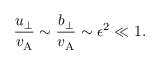
\frac { u _ { \perp } } { v _ { \mathrm { A } } } \sim \frac { b _ { \perp } } { v _ { \mathrm { A } } } \sim \epsilon ^ { 2 } \ll 1 .